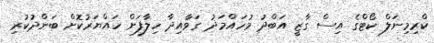
ކްރިމިނަލް ކޯޓްގެ އިސް ގާޒީ އަބްދު މުހައްމަދު ގަވާއިދާ ހިލާފަށް ހައްޔަރުކޮށް ބަންދުކުރި